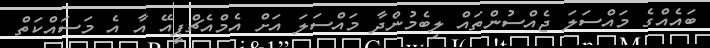
ބައެއްގެ މައްސަލަ ޖެއްސުންތައް ލިބެމުންދާ މައްސަލަ އަށް އެމްއެޗްޕީއޭ އާ އެ މަސައްކަތް